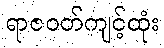
ရာဇဝတ်ကျင့်ထုံး